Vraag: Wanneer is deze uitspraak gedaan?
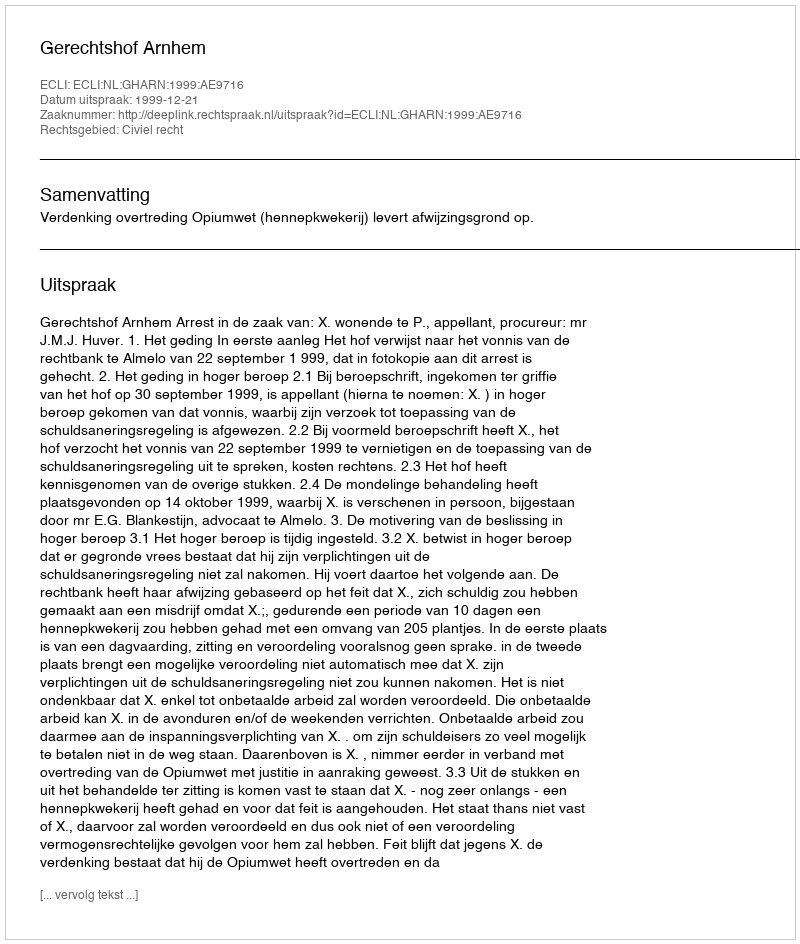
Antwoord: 1999-12-21